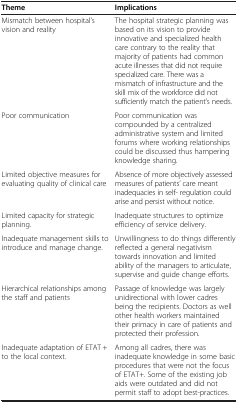
<table><thead><tr><td><b>Theme</b></td><td><b>Implications</b></td></tr></thead><tbody><tr><td>Mismatch between hospital’s vision and reality</td><td>The hospital strategic planning was based on its vision to provide innovative and specialized health care contrary to the reality that majority of patients had common acute illnesses that did not require specialized care. There was a mismatch of infrastructure and the skill mix of the workforce did not sufficiently match the patient’s needs.</td></tr><tr><td>Poor communication</td><td>Poor communication was compounded by a centralized administrative system and limited forums where working relationships could be discussed thus hampering knowledge sharing.</td></tr><tr><td>Limited objective measures for evaluating quality of clinical care</td><td>Absence of more objectively assessed measures of patients’ care meant inadequacies in self- regulation could arise and persist without notice.</td></tr><tr><td>Limited capacity for strategic planning.</td><td>Inadequate structures to optimize efficiency of service delivery.</td></tr><tr><td>Inadequate management skills to introduce and manage change.</td><td>Unwillingness to do things differently reflected a general negativism towards innovation and limited ability of the managers to articulate, supervise and guide change efforts.</td></tr><tr><td>Hierarchical relationships among the staff and patients</td><td>Passage of knowledge was largely unidirectional with lower cadres being the recipients. Doctors as well other health workers maintained their primacy in care of patients and protected their profession.</td></tr><tr><td>Inadequate adaptation of ETAT + to the local context.</td><td>Among all cadres, there was inadequate knowledge in some basic procedures that were not the focus of ETAT+. Some of the existing job aids were outdated and did not permit staff to adopt best-practices.</td></tr></tbody></table>